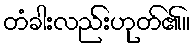
တံခါးလည်းဟုတ်၏။